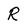
Character: R